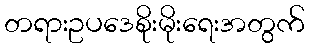
တရားဥပဒေစိုးမိုးရေးအတွက်